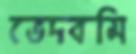
ভেদবমি